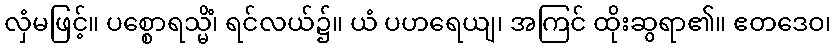
လှံမဖြင့်။ ပစ္စောရသ္မိံ၊ ရင်လယ်၌။ ယံ ပဟရေယျ၊ အကြင် ထိုးဆွရာ၏။ ဧတဒေဝ၊